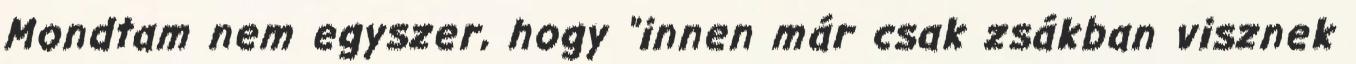
Mondtam nem egyszer, hogy "innen már csak zsákban visznek